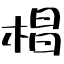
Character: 椙